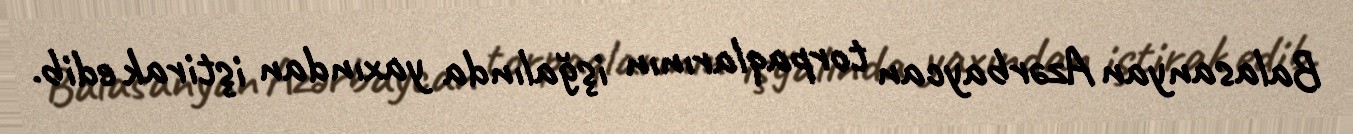
Balasanyan Azərbaycan torpaqlarının işğalında yaxından iştirak edib.